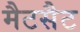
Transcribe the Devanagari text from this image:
मैटसैट